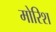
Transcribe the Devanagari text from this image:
मोरिश